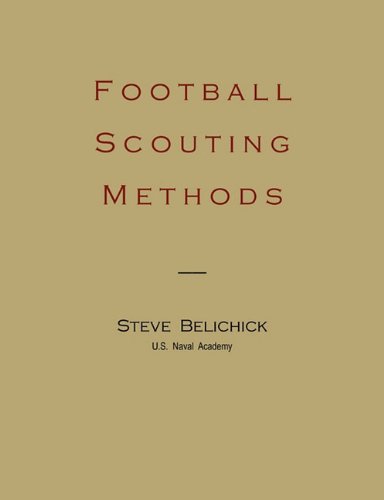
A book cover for Football Scouting Methods; Steve Belichick; Sports & Outdoors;